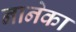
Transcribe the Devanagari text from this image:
नानेका